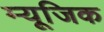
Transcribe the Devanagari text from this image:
म्‍यूजि़क